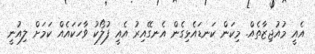
އެއީ މުއުޖިޒާތެއް. މިކަން ކަނޑައެޅިގެން އެނގޭއިރު އެއީ ފުލޯކު ވާހަކައެއް ކަމަށް ލިއުނީ